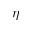
\eta